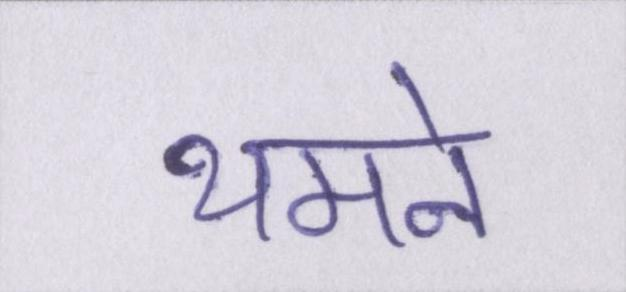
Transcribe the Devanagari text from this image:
थमने